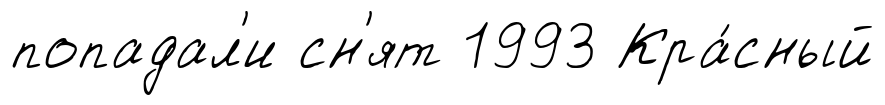
попадал'и сн'ят 1993 Кра́сный